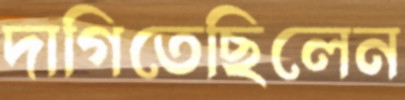
দাগিতেছিলেন